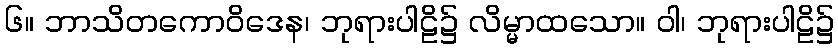
၆။ ဘာသိတကောဝိဒေန၊ ဘုရားပါဠိ၌ လိမ္မာထသော။ ဝါ၊ ဘုရားပါဠိ၌